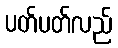
ပတ်ပတ်လည်